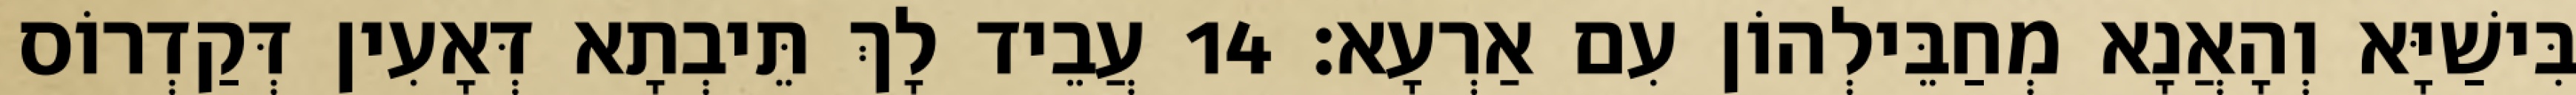
בִּישַׁיָּא וְהָאֲנָא מְחַבֵּילְהוֹן עִם אַרְעָא׃ 14 עֲבֵיד לָךְ תֵּיבְתָא דְּאָעִין דְּקַדְרוֹס